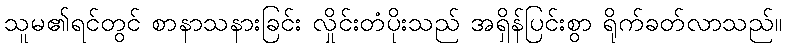
သူမ၏ရင်တွင် စာနာသနားခြင်း လှိုင်းတံပိုးသည် အရှိန်ပြင်းစွာ ရိုက်ခတ်လာသည်။